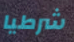
شرطيا